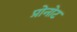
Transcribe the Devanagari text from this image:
प्रोनोट